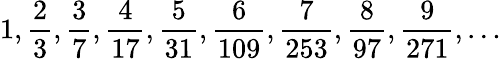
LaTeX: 1,{\frac{2}{3}},{\frac{3}{7}},{\frac{4}{17}},{\frac{5}{31}},{\frac{6}{109}},{\frac{7}{253}},{\frac{8}{97}},{\frac{9}{271}},\dots